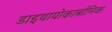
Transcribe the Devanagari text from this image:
डाइथायोकार्बामिक